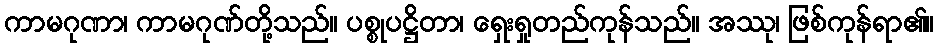
ကာမဂုဏာ၊ ကာမဂုဏ်တို့သည်။ ပစ္စုပဋ္ဌိတာ၊ ရှေးရှုတည်ကုန်သည်။ အဿု၊ ဖြစ်ကုန်ရာ၏။